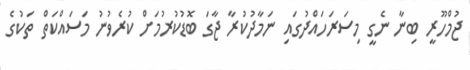
ޖުމްހޫރީ ބިނާ ނެގީ މިސަރަހައްދުގައި ނަމާދުކުރާ ޖާގަ ބޮޑުކުރުމަށް ކުރެވުނު މަސައްކަތް ތަކުގެ